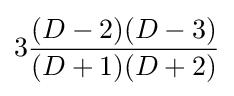
3{(D-2)(D-3) \over {(D+1)(D+2)}}